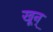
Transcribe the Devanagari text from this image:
खून्